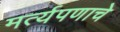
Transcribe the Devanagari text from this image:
मर्त्यपणाचे